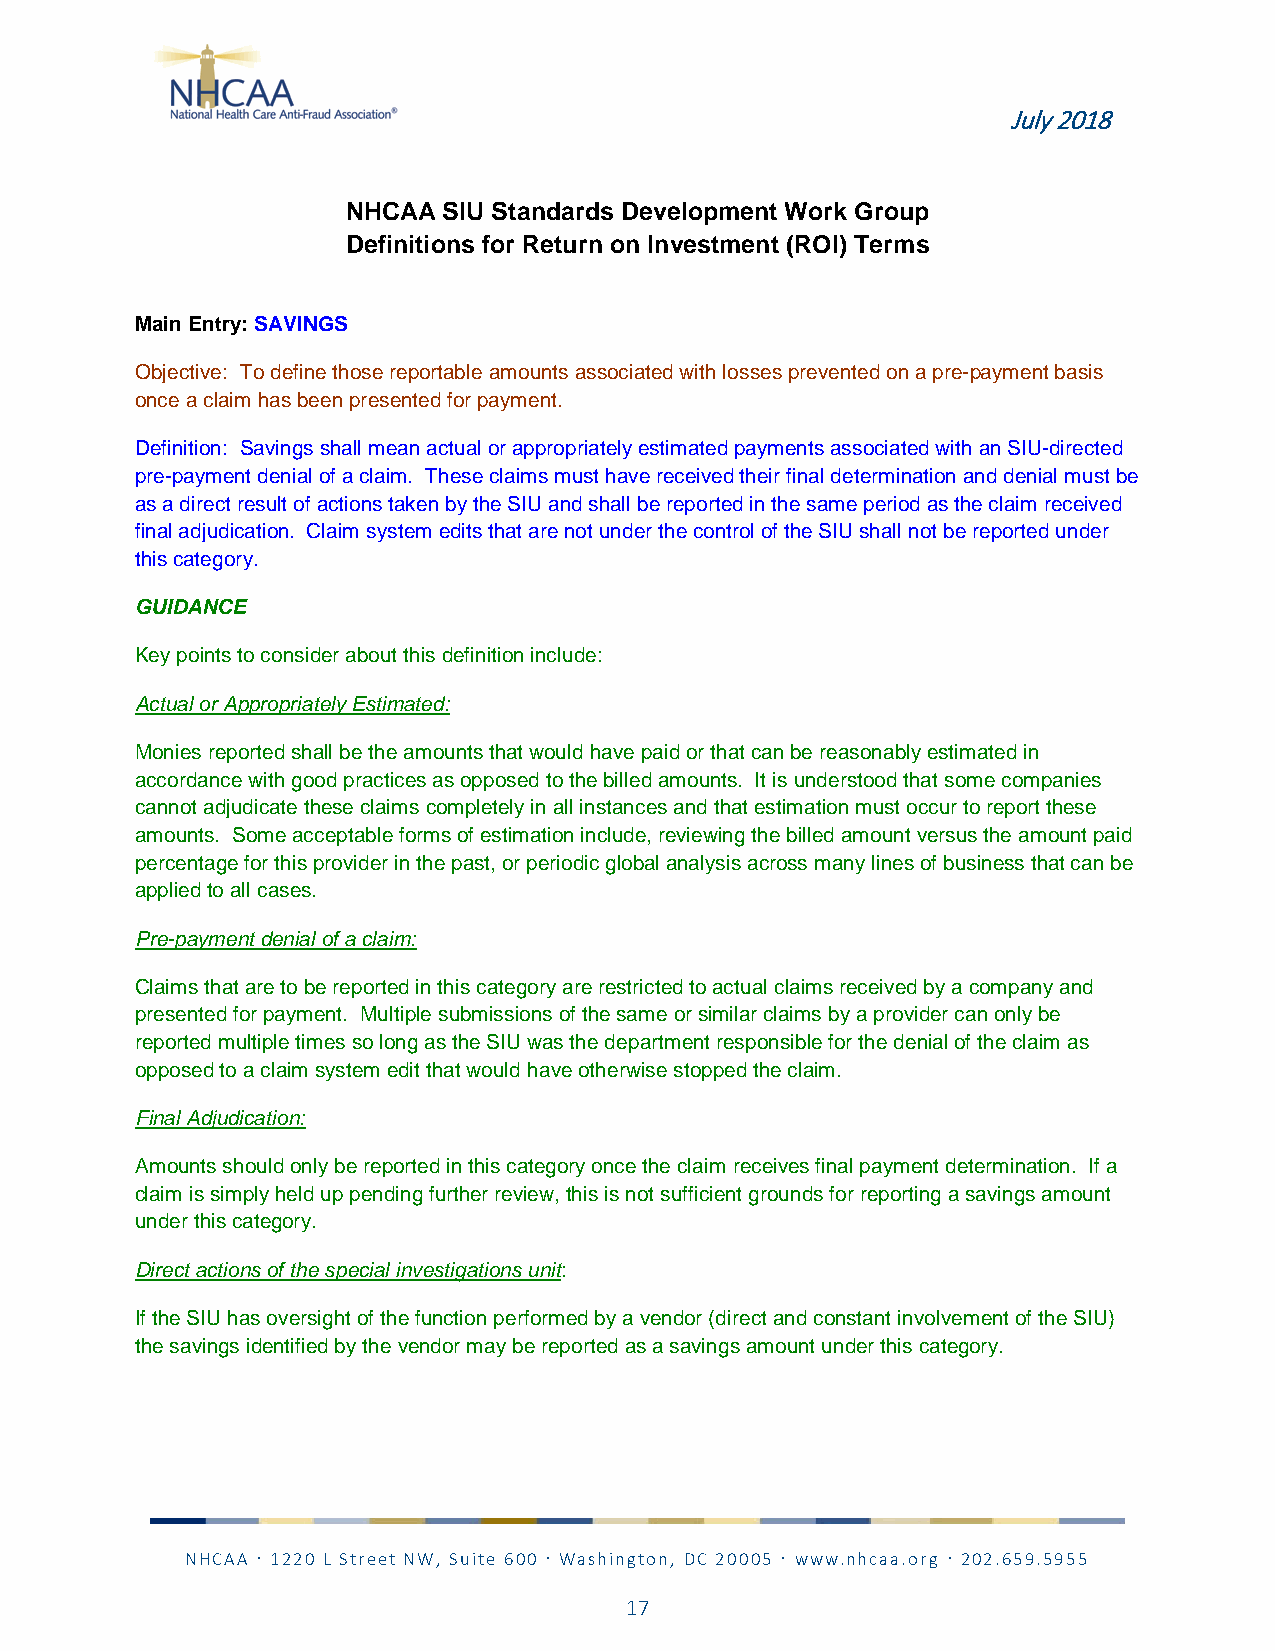
July 2018
 NHCAA SIU Standards Development Work Group
 Definitions for Return on Investment (ROI) Terms
 Main Entry: SAVINGS
 Objective: To define those reportable amounts associated with losses prevented on a pre-payment basis
 once a claim has been presented for payment.
 Definition: Savings shall mean actual or appropriately estimated payments associated with an SIU-directed
 pre-payment denial of a claim. These claims must have received their final determination and denial must be
 as a direct result of actions taken by the SIU and shall be reported in the same period as the claim received
 final adjudication. Claim system edits that are not under the control of the SIU shall not be reported under
 this category.
 GUIDANCE
 Key points to consider about this definition include:
 Actual or Appropriately Estimated:
 Monies reported shall be the amounts that would have paid or that can be reasonably estimated in
 accordance with good practices as opposed to the billed amounts. It is understood that some companies
 cannot adjudicate these claims completely in all instances and that estimation must occur to report these
 amounts. Some acceptable forms of estimation include, reviewing the billed amount versus the amount paid
 percentage for this provider in the past, or periodic global analysis across many lines of business that can be
 applied to all cases.
 Pre-payment denial of a claim:
 Claims that are to be reported in this category are restricted to actual claims received by a company and
 presented for payment. Multiple submissions of the same or similar claims by a provider can only be
 reported multiple times so long as the SIU was the department responsible for the denial of the claim as
 opposed to a claim system edit that would have otherwise stopped the claim.
 Final Adjudication:
 Amounts should only be reported in this category once the claim receives final payment determination. If a
 claim is simply held up pending further review, this is not sufficient grounds for reporting a savings amount
 under this category.
 Direct actions of the special investigations unit:
 If the SIU has oversight of the function performed by a vendor (direct and constant involvement of the SIU)
 the savings identified by the vendor may be reported as a savings amount under this category.
 NHCAA  1220 L Street NW, Suite 600  Washington, DC 20005  www.nhcaa.org  202.659.5955
 17